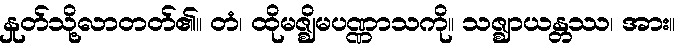
နှုတ်သို့လာတတ်၏။ တံ၊ ထိုမဇ္ဈိမပဏ္ဏာသကို။ သဇ္ဈာယန္တဿ၊ အား။